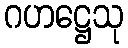
ဂဟဋ္ဌေသု